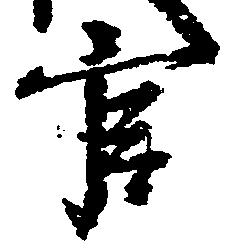
官